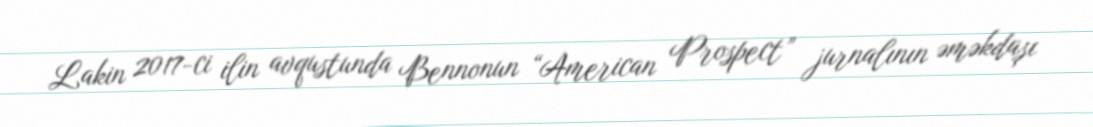
Lakin 2017-ci ilin avqustunda Bennonun “American Prospect” jurnalının əməkdaşı